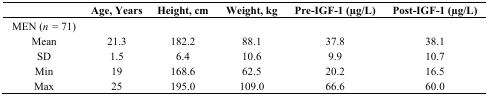
|  | Age, Years | Height, cm | Weight, kg | Pre-IGF-1 (μg/L) | Post-IGF-1 (μg/L) |
 | --- | --- | --- | --- | --- | --- |
 | MEN (n = 71) |  |  |  |  |  |
 | Mean | 21.3 | 182.2 | 88.1 | 37.8 | 38.1 |
 | SD | 1.5 | 6.4 | 10.6 | 9.9 | 10.7 |
 | Min | 19 | 168.6 | 62.5 | 20.2 | 16.5 |
 | Max | 25 | 195.0 | 109.0 | 66.6 | 60.0 |